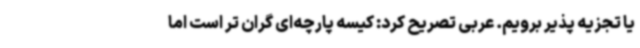
یا تجزیه پذیر برویم. عربی تصریح کرد: کیسه‌ پارچه‌ای گران تر است اما